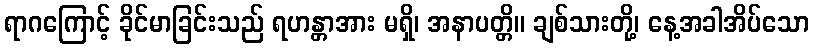
ရာဂကြောင့် ခိုင်မာခြင်းသည် ရဟန္တာအား မရှိ၊ အနာပတ္တိ။ ချစ်သားတို့၊ နေ့အခါအိပ်သော